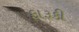
ફારૂકી